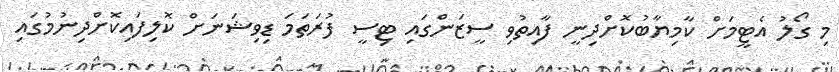
މި ގޯލު އެޓީމަށް ކާމިޔާބުކޮށްދިނީ ފާއިތުވި ސީޒަންގައި ޓިސީ ފުރަތަމަ ޑިވިޝަނަށް ކޮލިފައިކޮށްދިނުމުގައި